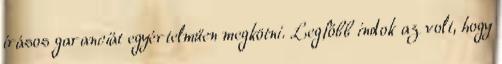
írásos garanciát egyértelműen megkötni. Legfőbb indok az volt, hogy